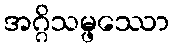
အဂ္ဂိသမ္ဖဿော